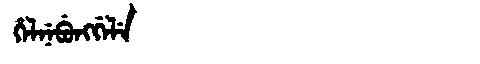
Manchu: ᡥᡝᠯᠨᡝᠪᡠᠩᡤᡝᠯᡝ
Romanization: HELNEBUNGGELE